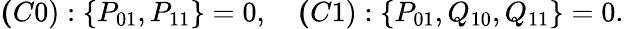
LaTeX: \begin{array}{r}{{\mathbf(C0)}:\{ P_{01},P_{11}\} =0,~~~~{\mathbf(C1)}:\{ P_{01},Q_{10},Q_{11}\} =0.}\end{array}